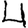
Digit: 4